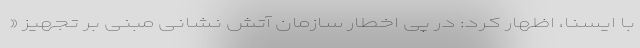
با ایسنا، اظهار کرد: در پی اخطار سازمان آتش نشانی مبنی بر تجهیز «